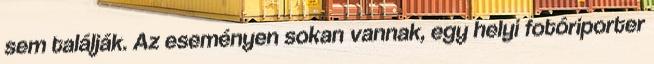
sem találják. Az eseményen sokan vannak, egy helyi fotóriporter